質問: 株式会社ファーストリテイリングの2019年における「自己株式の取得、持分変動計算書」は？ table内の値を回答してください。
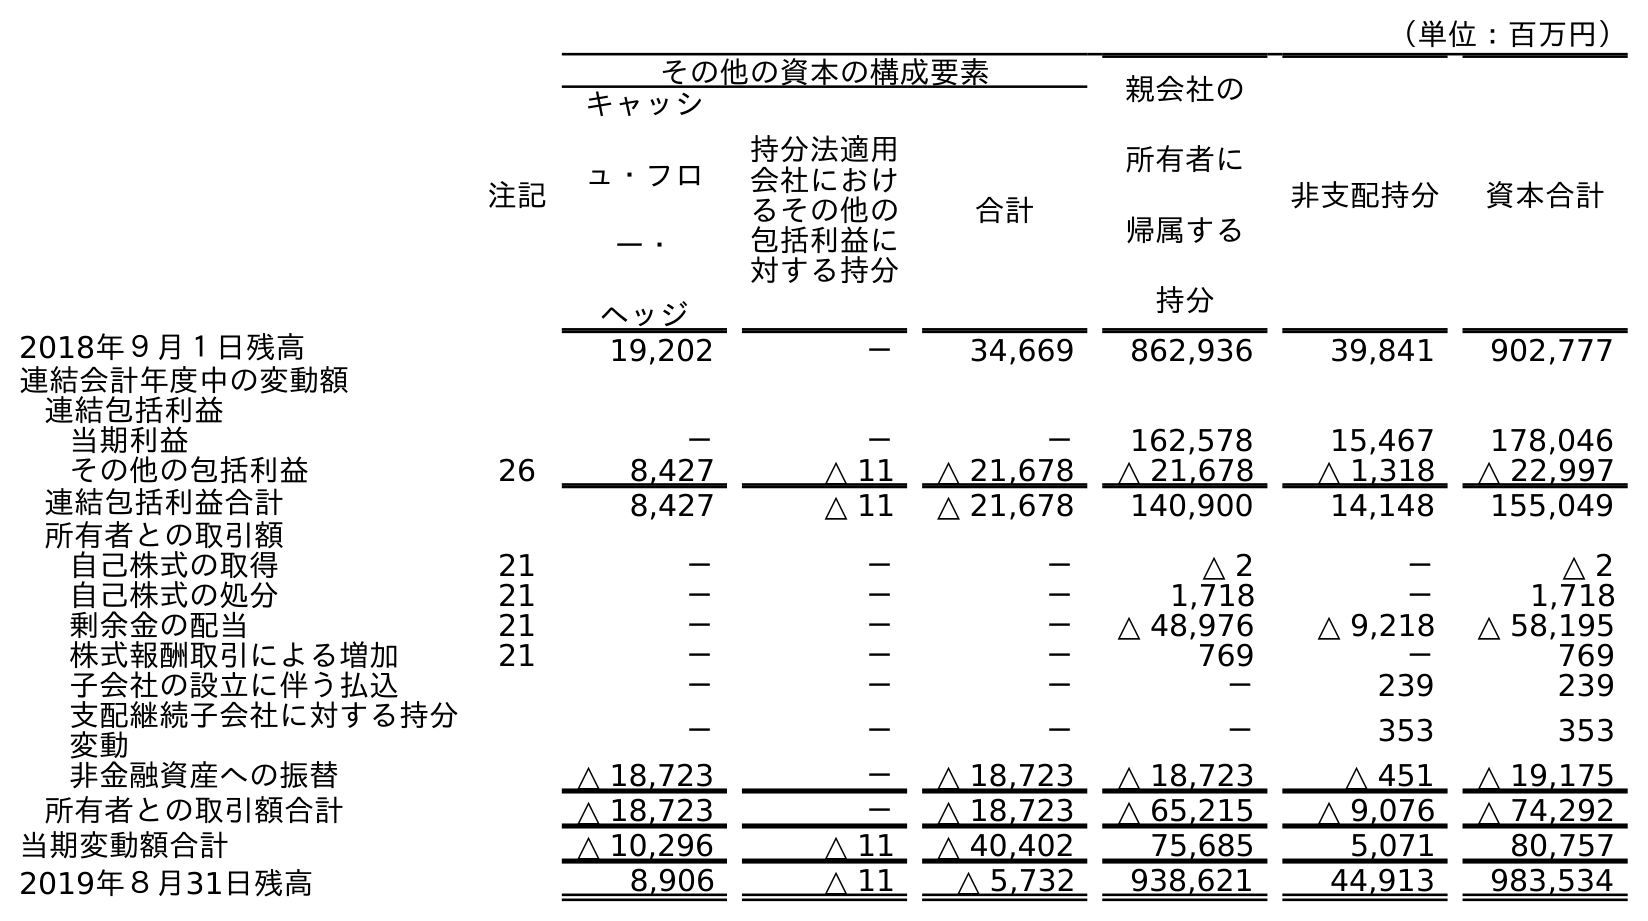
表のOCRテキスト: （単位：百万円） 注記 その他の資本の構成要素 親会社の 所有者に 帰属する 持分 非支配持分 資本合計 キャッシ ュ・フロ ー・ ヘッジ 持分法適用 会社におけ るその他の 包括利益に 対する持分 合計 2018年９月１日残高 19,202 － 34,669 862,936 39,841 902,777 連結会計年度中の変動額 連結包括利益 当期利益 － － － 162,578 15,467 178,046 その他の包括利益 26 8,427 △ 11 △ 21,678 △ 21,678 △ 1,318 △ 22,997 連結包括利益合計 8,427 △ 11 △ 21,678 140,900 14,148 155,049 所有者との取引額 自己株式の取得 21 － － － △ 2 － △ 2 自己株式の処分 21 － － － 1,718 － 1,718 剰余金の配当 21 － － － △ 48,976 △ 9,218 △ 58,195 株式報酬取引による増加 21 － － － 769 － 769 子会社の設立に伴う払込 － － － － 239 239 支配継続子会社に対する持分 変動 － － － － 353 353 非金融資産への振替 △ 18,723 － △ 18,723 △ 18,723 △ 451 △ 19,175 所有者との取引額合計 △ 18,723 － △ 18,723 △ 65,215 △ 9,076 △ 74,292 当期変動額合計 △ 10,296 △ 11 △ 40,402 75,685 5,071 80,757 2019年８月31日残高 8,906 △ 11 △ 5,732 938,621 44,913 983,534
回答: △2